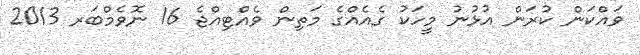
ވައްކަން ކުރަން އުޅުނު މީހަކު ގެއެއްގެ މަތިން ވެއްޓިއްޖެ 16 ނޮވެމްބަރ 2013